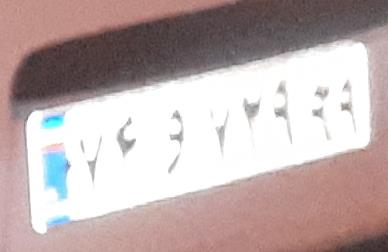
۷۴و۷۲۹۹۹